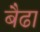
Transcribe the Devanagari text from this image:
बैढा